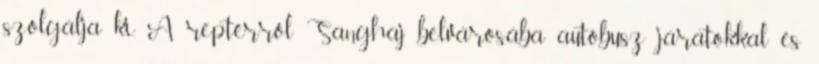
szolgálja ki. A reptérről Sanghaj belvárosába autóbusz járatokkal és